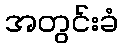
အတွင်းခံ